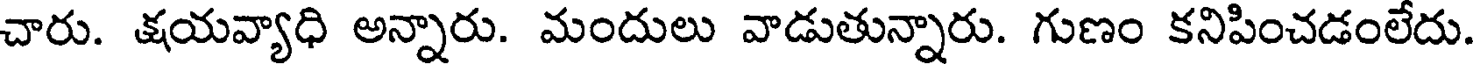
చారు. క్షయవ్యాధి అన్నారు. మందులు వాడుతున్నారు. గుణం కనిపించడంలేదు.